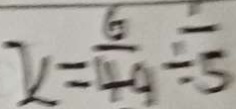
x = \frac { 6 } { 4 9 } \div \frac { 1 } { 5 }